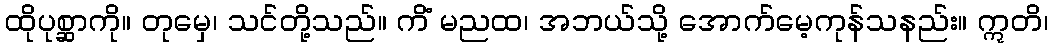
ထိုပုစ္ဆာကို။ တုမှေ၊ သင်တို့သည်။ ကိံ မညထ၊ အဘယ်သို့ အောက်မေ့ကုန်သနည်း။ ဣတိ၊